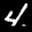
Label: 4